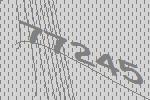
77245